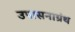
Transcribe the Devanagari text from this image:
उपासनाग्रंथ